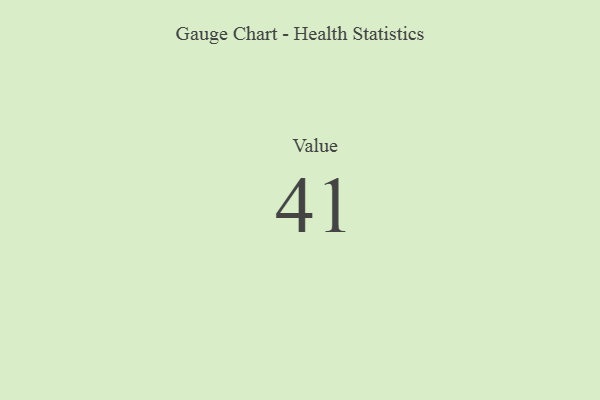
{"axis": {"x": "Metric", "y": "Value"}, "legend": [""], "data": [{"x": "Value", "y": 41, "type": ""}]}